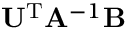
\mathbf { U } ^ { \mathrm { T } } \mathbf { A } ^ { - 1 } \mathbf { B }